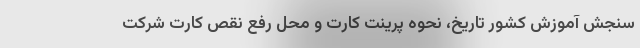
سنجش‌ آموزش‌ کشور تاریخ، نحوه پرینت کارت و محل‌ رفع نقص کارت‌ شرکت